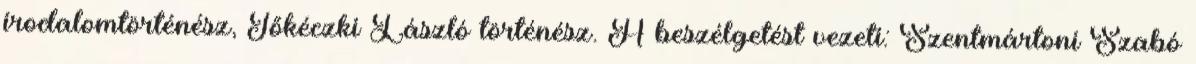
irodalomtörténész, Tőkéczki László történész. A beszélgetést vezeti: Szentmártoni Szabó